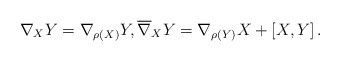
\begin{gather*} \nabla _X Y = \nabla _{\rho (X)} Y, \overline{ \nabla } _X Y = \nabla _{ \rho (Y) } X + \left[ X, Y \right] . \end{gather*}